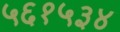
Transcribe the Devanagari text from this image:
५६१५३४